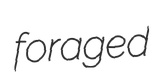
foraged